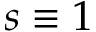
s \equiv 1